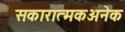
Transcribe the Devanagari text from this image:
सकारात्मकअनेक